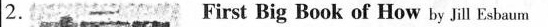
2.First Big Book of How by Jill Esbaum